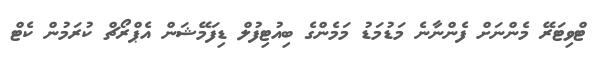
ޓްވިޓަރޭ މެންނަށް ފެންނާނެ މަޑުމަޑު މަމެންގެ ބިއުޓިފުލް ޑިފަމޭޝަން އެޕްރޯޗް ކުރަމުން ކެޓް